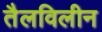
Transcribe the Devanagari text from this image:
तैलविलीन